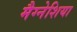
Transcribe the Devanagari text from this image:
मैग्नेशिया